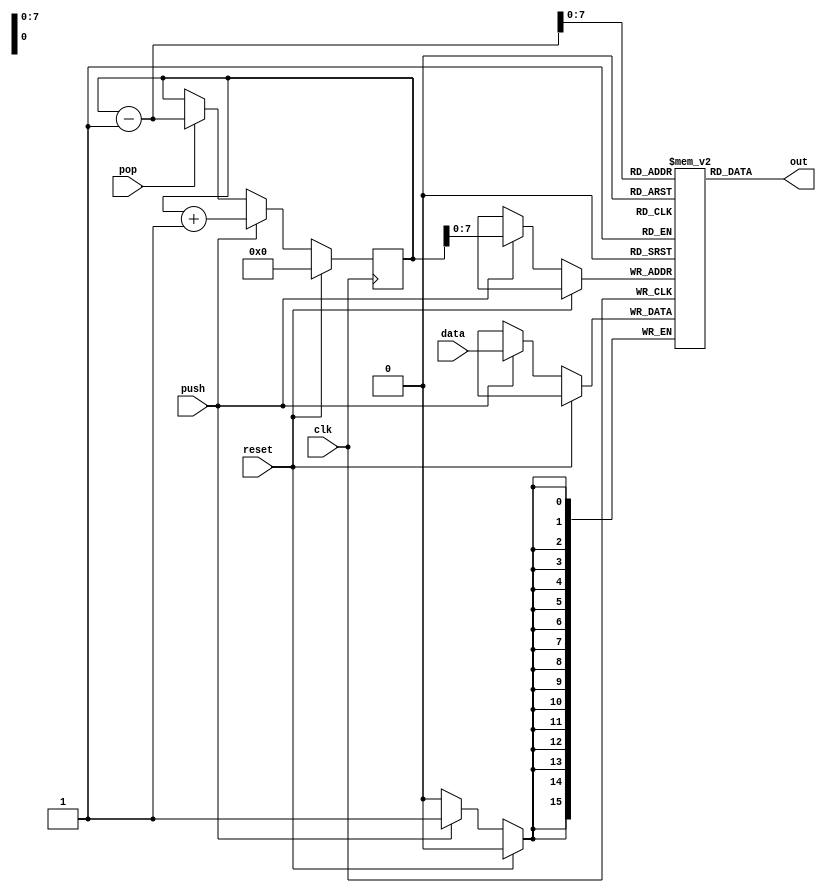
module stack(clk, reset, data, out, push, pop);

	parameter WIDTH = 16;
	parameter DEPTH = 256;

	input clk;
	input reset;
	input [15:0] data;
	output reg [15:0] out;
	input push;
	input pop;

	reg [DEPTH-1:0] ptr;
	reg [WIDTH-1:0] stack[0:DEPTH - 1];
	
	initial ptr=0;

	always @* begin
		out=stack[ptr-1];
	end

	always @(posedge clk) begin
		if(reset)
			ptr = 0;
		else if (push) begin 
			stack[ptr] = data;
			ptr = ptr +1;
		end 
		else if (pop) begin 
			//out = stack[ptr-1];
			ptr = ptr -1;
		end
	end
endmodule